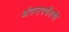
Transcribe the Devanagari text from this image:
अंतरापर्यंतची